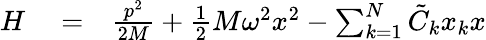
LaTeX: \begin{array}{rlr}{H}&{{}=}&{\frac{p^{2}}{2M}+\frac{1}{2}M\omega^{2}x^{2}-\sum_{k=1}^{N}\tilde{C}_{k}x_{k}x}\end{array}